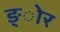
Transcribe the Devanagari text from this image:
ङ्ोर